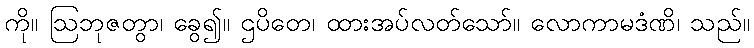
ကို။ ဩဘုဇတွာ၊ ခွေ၍။ ဌပိတေ၊ ထားအပ်လတ်သော်။ လောကာမဒံဏိ၊ သည်။